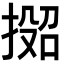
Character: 𫽟